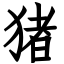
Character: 猪